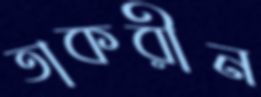
তাকরীন